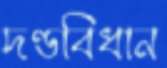
দণ্ডবিধান